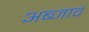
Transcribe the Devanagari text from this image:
अब्जावं